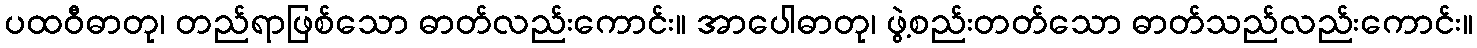
ပထဝီဓာတု၊ တည်ရာဖြစ်သော ဓာတ်လည်းကောင်း။ အာပေါဓာတု၊ ဖွဲ့စည်းတတ်သော ဓာတ်သည်လည်းကောင်း။